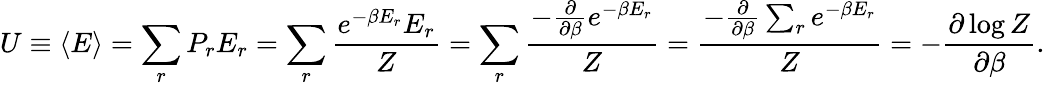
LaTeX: U\equiv\langle E\rangle=\sum_{r}P_{r}E_{r}=\sum_{r}{\frac{e^{-\beta E_{r}}E_{r}}{Z}}=\sum_{r}{\frac{-{\frac{\partial}{\partial\beta}}e^{-\beta E_{r}}}{Z}}={\frac{-{\frac{\partial}{\partial\beta}}\sum_{r}e^{-\beta E_{r}}}{Z}}=-{\frac{\partial\log Z}{\partial\beta}}.